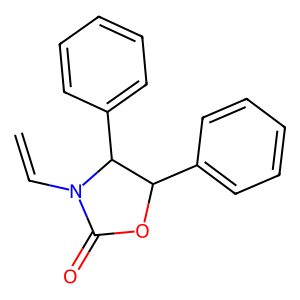
SMILES: C=CN1C(=O)OC(c2ccccc2)C1c1ccccc1
Inhibits HIV replication: No